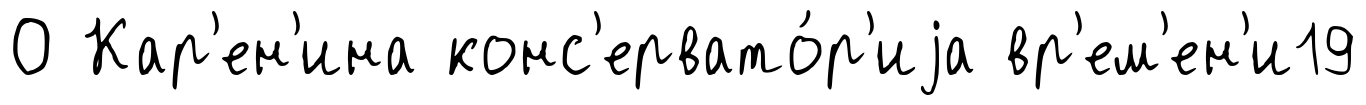
О Кар'ен'ина конс'ервато́р'иjа вр'ем'ен'и19